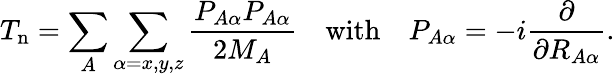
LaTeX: T_{\mathrm{n}}=\sum_{A}\sum_{\alpha=x,y,z}{\frac{P_{A\alpha}P_{A\alpha}}{2M_{A}}}\quad{\mathrm{with}}\quad P_{A\alpha}=-i{\frac{\partial}{\partial R_{A\alpha}}}.